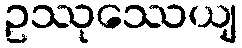
ဥဿုဿေယျ